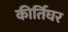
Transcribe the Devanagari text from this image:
कीर्तिघर